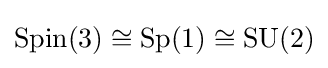
\operatorname {Spin} (3)\cong \operatorname {Sp} (1)\cong \operatorname {SU} (2)